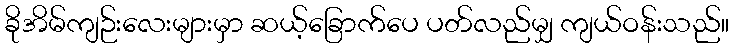
ခိုအိမ်ကျဉ်းလေးများမှာ ဆယ့်ခြောက်ပေ ပတ်လည်မျှ ကျယ်ဝန်းသည်။